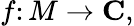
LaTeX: f\colon M\to\mathbf{C},